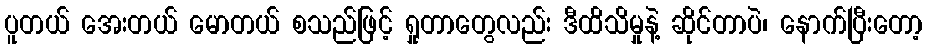
ပူတယ် အေးတယ် မောတယ် စသည်ဖြင့် ရှုတာတွေလည်း ဒီထိသိမှုနဲ့ ဆိုင်တာပဲ၊ နောက်ပြီးတော့